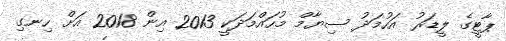
ޕާޓީގެ ލީޑަރު އަހުމަދު ސިޔާމް މުހައްމަދަކީ 2013 އިން 2018 އަށް ހިނގި